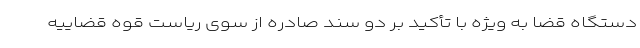
دستگاه قضا به ویژه با تأکید بر دو سند صادره از سوی ریاست قوه قضاییه